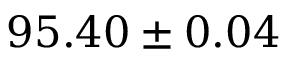
9 5 . 4 0 \pm 0 . 0 4